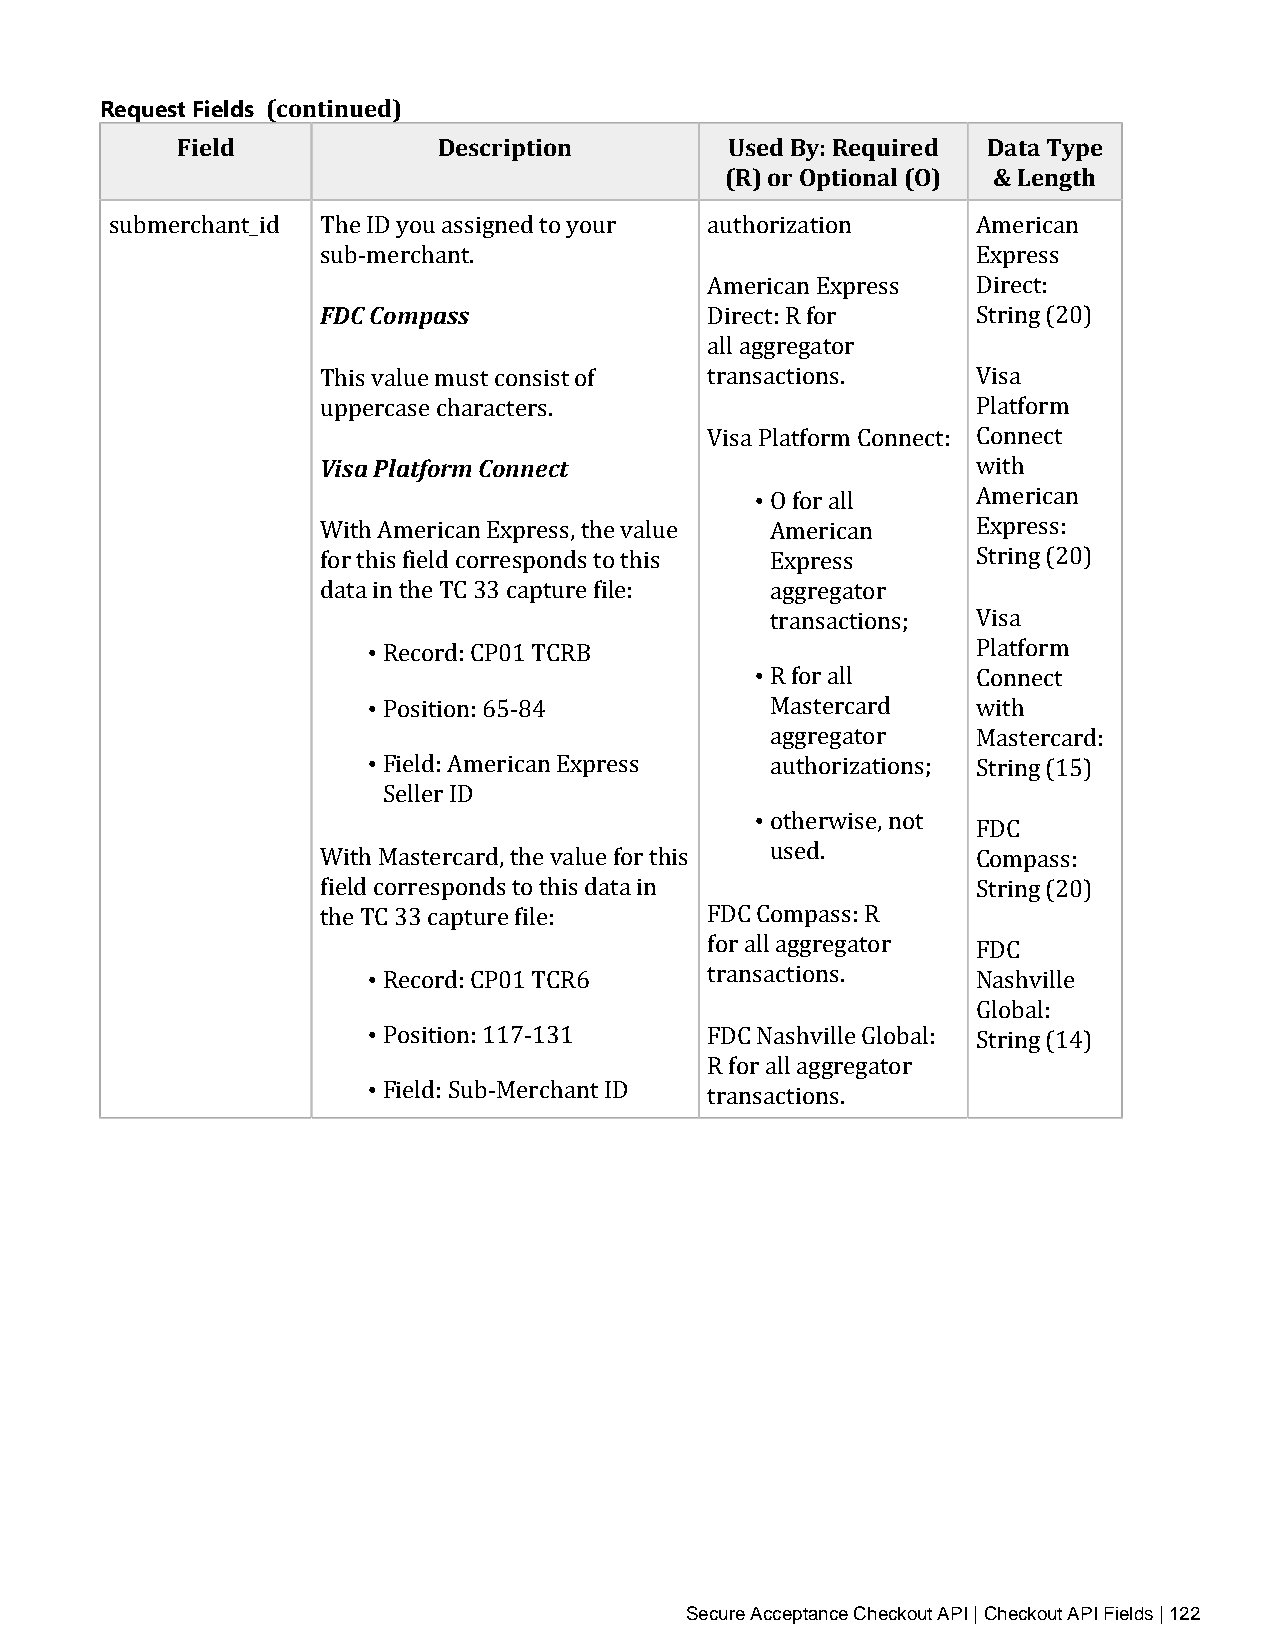
Request Fields (continued)
 Field            Description        Used By: Required Data Type
 (R) or Optional (O) & Length
 submerchant_id The ID you assigned to your authorization  American
 sub‑merchant.                               Express
 FDC Compass
 American Express  Direct:
 Direct: R for     String (20)
 all aggregator
 This value must consist of transactions.    Visa
 uppercase characters.                       Platform
 Visa Platform Connect
 Visa Platform Connect: Connect
 •
 with
 O for all     American
 With American Express, the value American   Express:
 for this field corresponds to this Express  String (20)
 data in the TC 33 capture file: aggregator
 •
 • transactions; Visa
 • Record: CP01 TCRB                      Platform
 R for all     Connect
 • Position: 65‑84          Mastercard    with
 aggregator    Mastercard:
 Field: American Express  • authorizations; String (15)
 Seller ID
 otherwise, not
 FDC
 With Mastercard, the value for this used.   Compass:
 field corresponds to this data in           String (20)
 the TC 33 capture file:   FDC Compass: R
 •
 for all aggregator FDC
 • Record: CP01 TCR6    transactions.     Nashville
 Global:
 • Position: 117‑131    FDC Nashville Global: String (14)
 R for all aggregator
 Field: Sub‑Merchant ID transactions.
 Secure Acceptance Checkout API | Checkout API Fields | 122